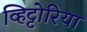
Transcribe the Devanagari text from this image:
व्हिट्टोरिया